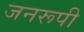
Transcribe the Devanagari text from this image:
जनरूपी